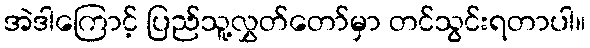
အဲဒါကြောင့် ပြည်သူ့လွှတ်တော်မှာ တင်သွင်းရတာပါ။